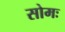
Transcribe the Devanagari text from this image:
सोमः